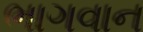
ભાગવાન